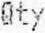
QTY